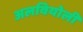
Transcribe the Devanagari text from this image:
अलवियोली